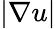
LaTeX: |\nabla u|